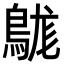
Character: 𪁒